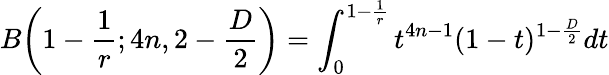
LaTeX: B\bigg(1-\frac{1}{r};4n,2-\frac{D}{2}\bigg)=\int_{0}^{1-\frac{1}{r}}t^{4n-1}(1-t)^{1-\frac{D}{2}}dt